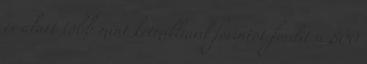
év alatt több mint kétmilliárd forintot fordít a 800